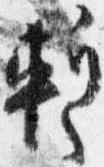
蹔